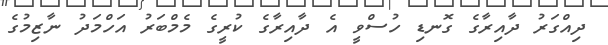
ދިއްގަރު ދާއިރާގެ ގޮނޑި ހުސްވީ އެ ދާއިރާގެ ކުރީގެ މެމްބަރު އަހްމަދު ނާޒިމުގެ